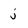
Character: j